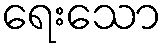
ရေးသော